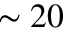
\sim 2 0